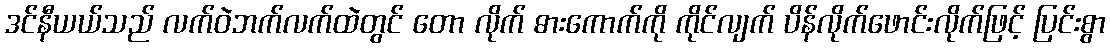
ဒင်နီယယ်သည် လက်ဝဲဘက်လက်ထဲတွင် တော လိုက် ဓားကောက်ကို ကိုင်လျက် ပိန်လိုက်ဖောင်းလိုက်ဖြင့် ပြင်းစွာ